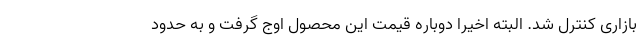
بازاری کنترل شد. البته اخیرا دوباره قیمت این محصول اوج گرفت و به حدود